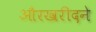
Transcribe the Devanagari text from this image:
औरखरीदने